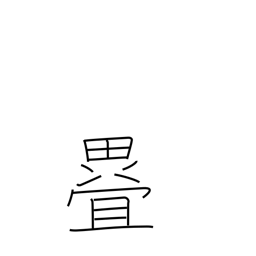
Meaning: fold